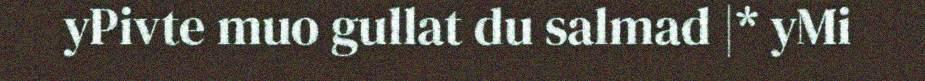
yPivte muo gullat du salmad |* yMi